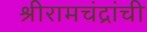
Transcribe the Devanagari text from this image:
श्रीरामचंद्रांची